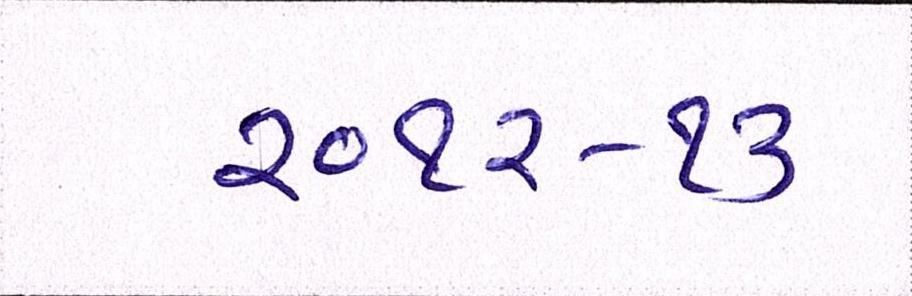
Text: ૨૦૧૨-૧૩